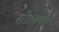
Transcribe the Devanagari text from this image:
सोल्लह